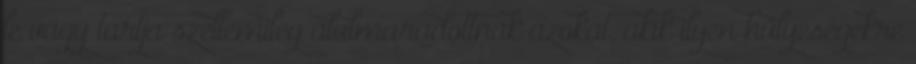
le vagy tartja szellemileg alulmaradottnak azokat, akik ilyen hülyeségekre